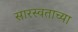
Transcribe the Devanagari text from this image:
सारस्वताच्या